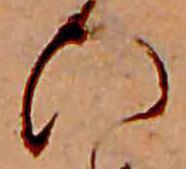
ひ